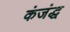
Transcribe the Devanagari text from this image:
कंजंद्ध